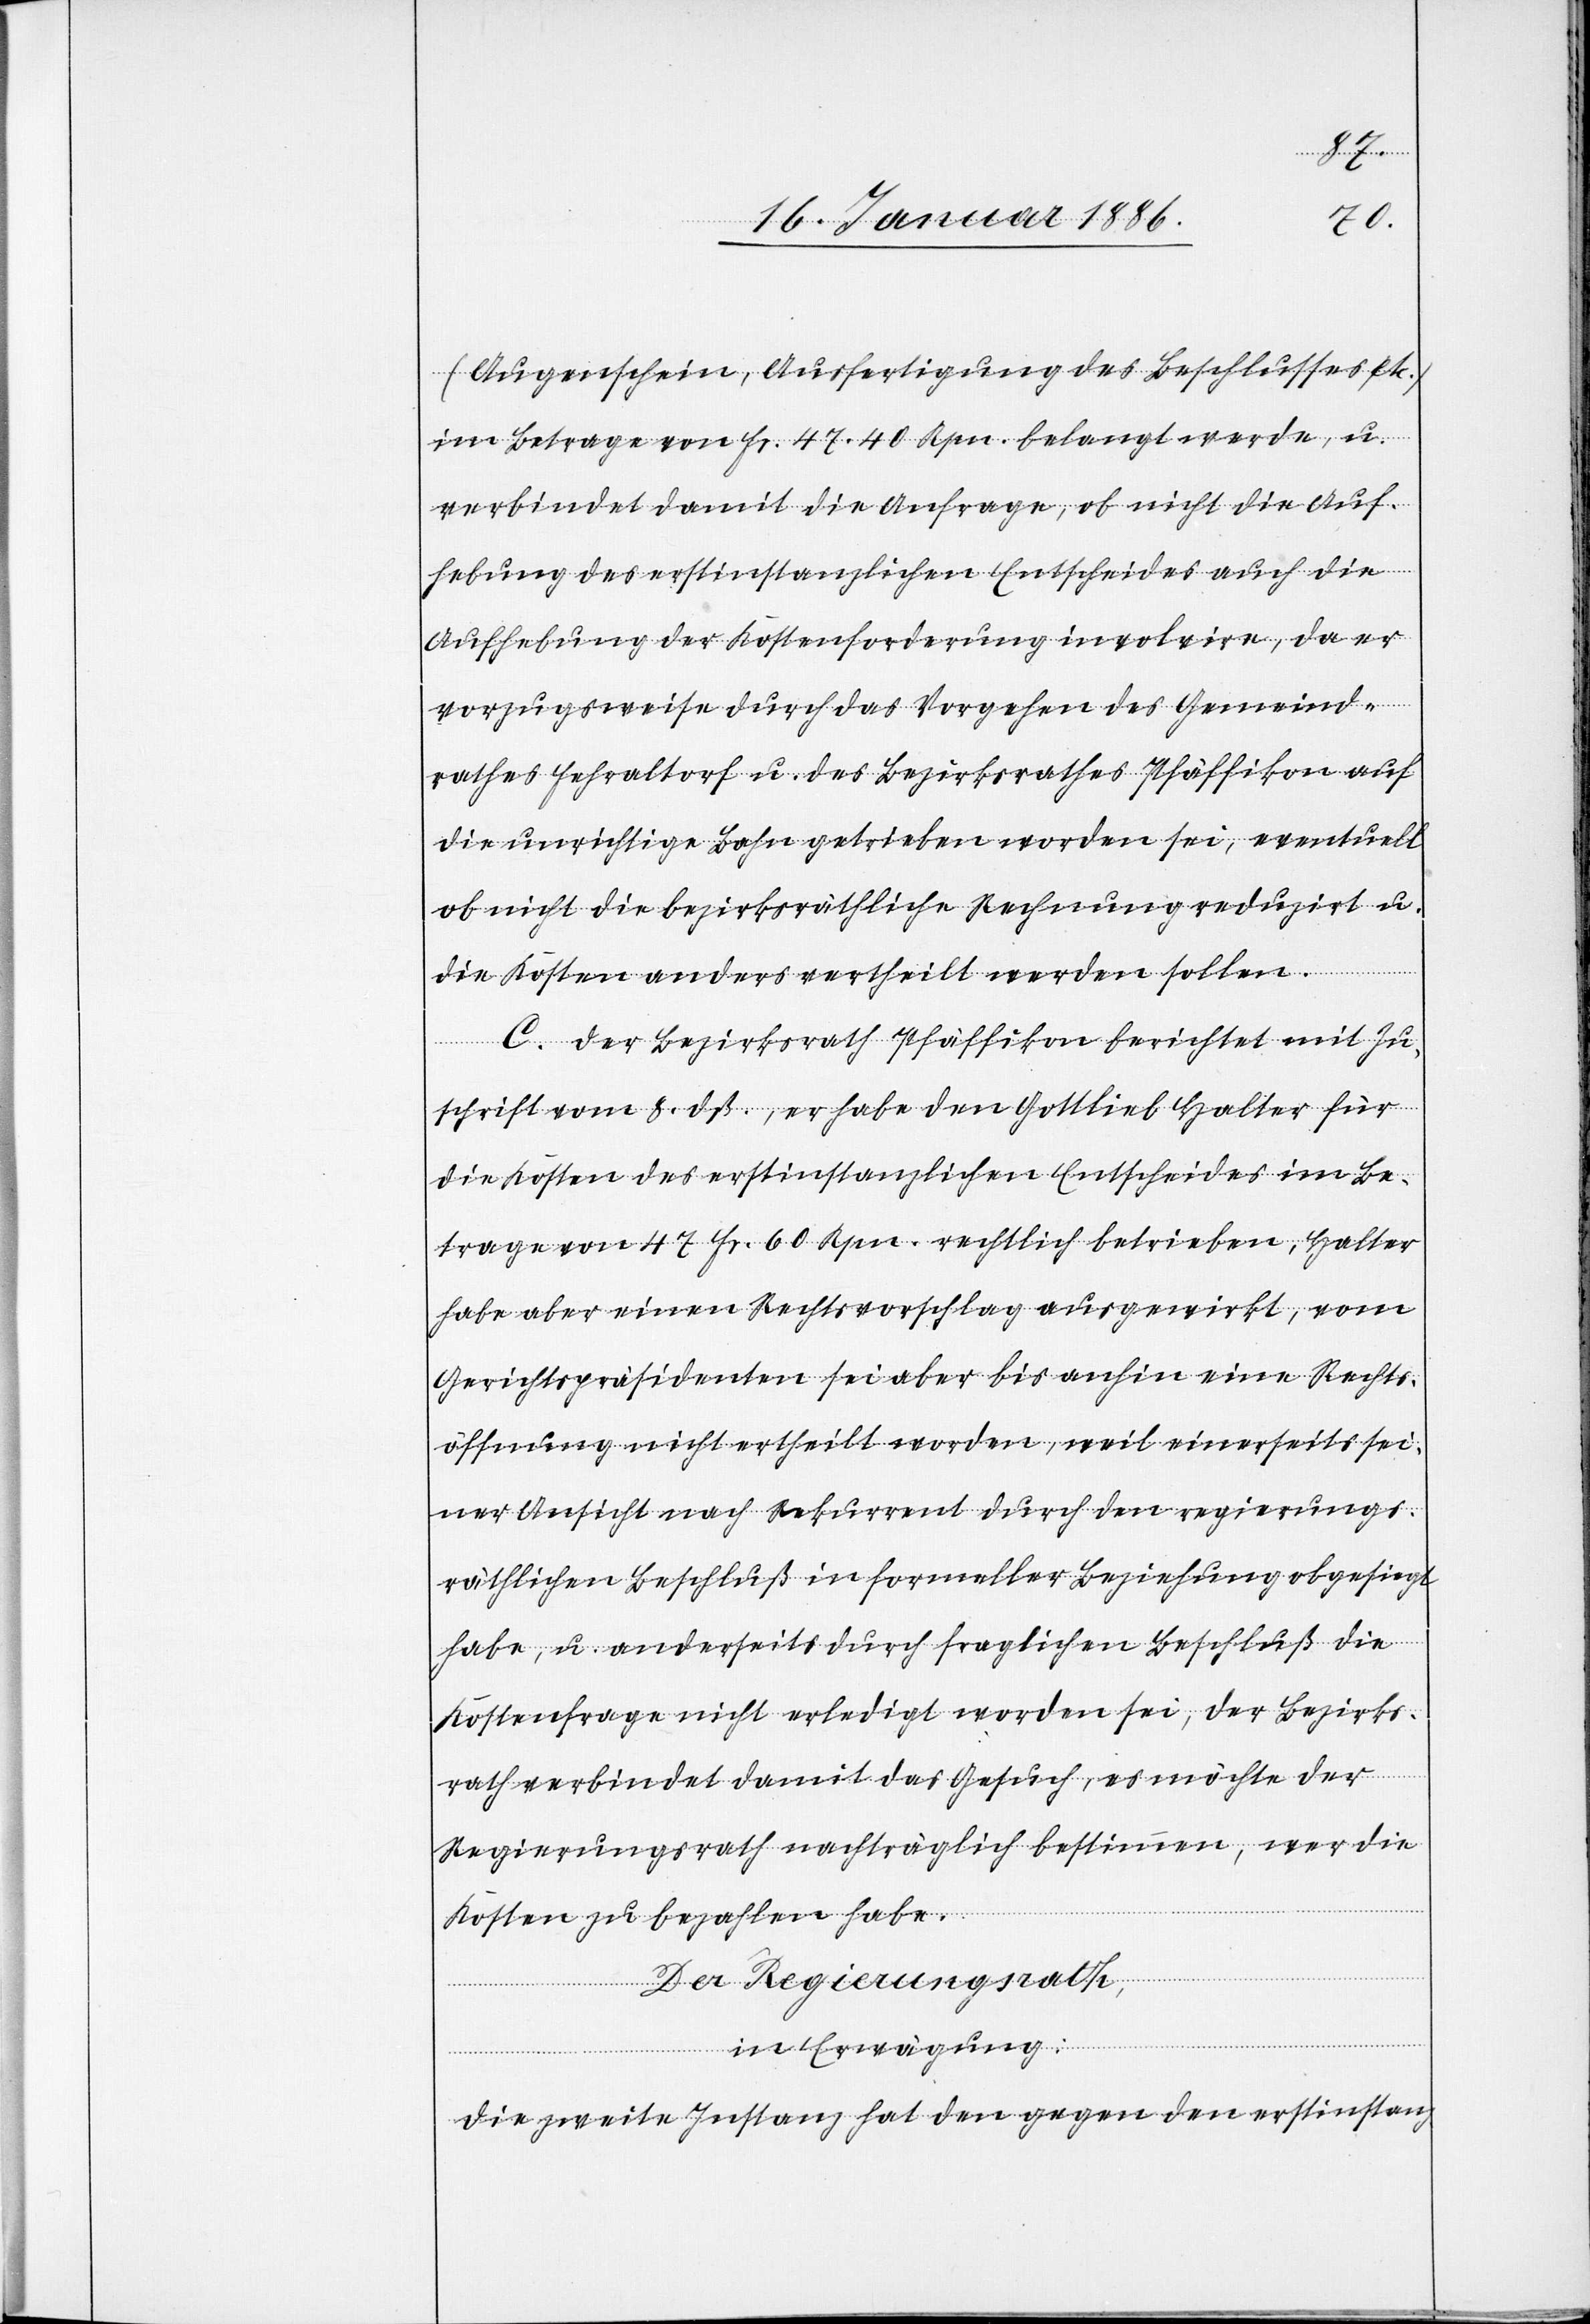
(Augenschein, Ausfertigung des Beschlusses etc.)
im Betrage von Fr. 47. 40 Rpn. belangt werde, u.
verbindet damit die Anfrage, ob nicht die Auf¬
hebung des erstinstanzlichen Entscheides auch die
Aufhebung der Kostenforderung involvire, da er
vorzugsweise durch das Vorgehen des Gemeind¬
rathes Fehraltorf u. des Bezirksrathes Pfäffikon auf
die unrichtige Bahn getrieben worden sei, eventuell
ob nicht die bezirksräthliche Rechnung reduzirt u.
die Kosten anders vertheilt werden sollen.
C. Der Bezirksrath Pfäffikon berichtet mit Zu¬
schrift vom 8. dß., er habe den Gottlieb Halter für
die Kosten des erstinstanzlichen Entscheides im Be¬
trage von 47 Fr. 60. Rpn. rechtlich betrieben, Halter
habe aber einen Rechtsvorschlag ausgewirkt, vom
Gerichtspräsidenten sei aber bis anhin eine Rechts¬
öffnung nicht ertheilt worden, weil einerseits sei¬
ner Ansicht nach Rekurrent durch den regierungs¬
räthlichen Beschluß in formeller Beziehung obgesiegt
habe, u. anderseits durch fraglichen Beschluß die
Kostenfrage nicht erledigt worden sei, der Bezirks¬
rath verbindet damit das Gesuch, es möchte der
Regierungsrath nachträglich bestimmen, wer die
Kosten zu bezahlen habe.
Der Regierungsrath,
in Erwägung:
die zweite Instanz hat den gegen den erstinstanz-